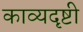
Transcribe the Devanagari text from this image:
काव्यदृष्टी